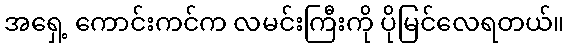
အရှေ့ ကောင်းကင်က လမင်းကြီးကို ပိုမြင်လေရတယ်။